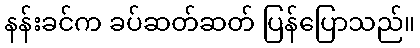
နန်းခင်က ခပ်ဆတ်ဆတ် ပြန်ပြောသည်။